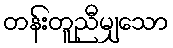
တန်းတူညီမျှသော